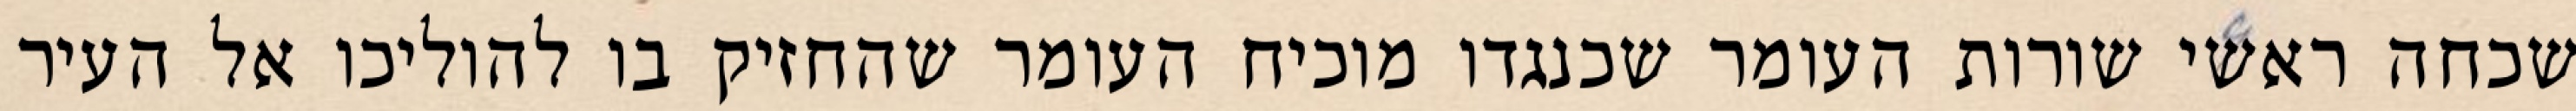
שכחה ראשי שורות העומר שכנגדו מוכיח העומר שהחזיק בו להוליכו אל העיר